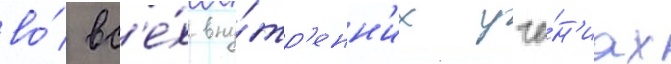
во́ вс'е́х вну́тр'енн'их уче́н'иах